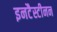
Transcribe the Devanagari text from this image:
इनटैस्टीनन